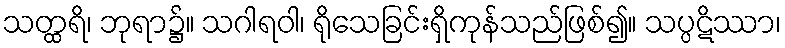
သတ္ထရိ၊ ဘုရာ၌။ သဂါရဝါ၊ ရိုသေခြင်းရှိကုန်သည်ဖြစ်၍။ သပ္ပဋိဿာ၊